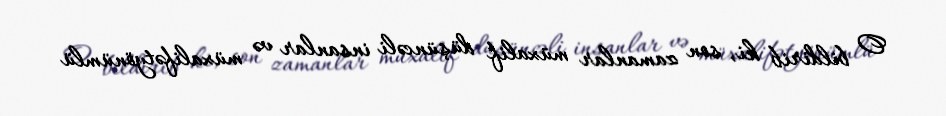
O bildirib ki, son zamanlar müxalif düşüncəli insanlar və müxalifətyönümlü